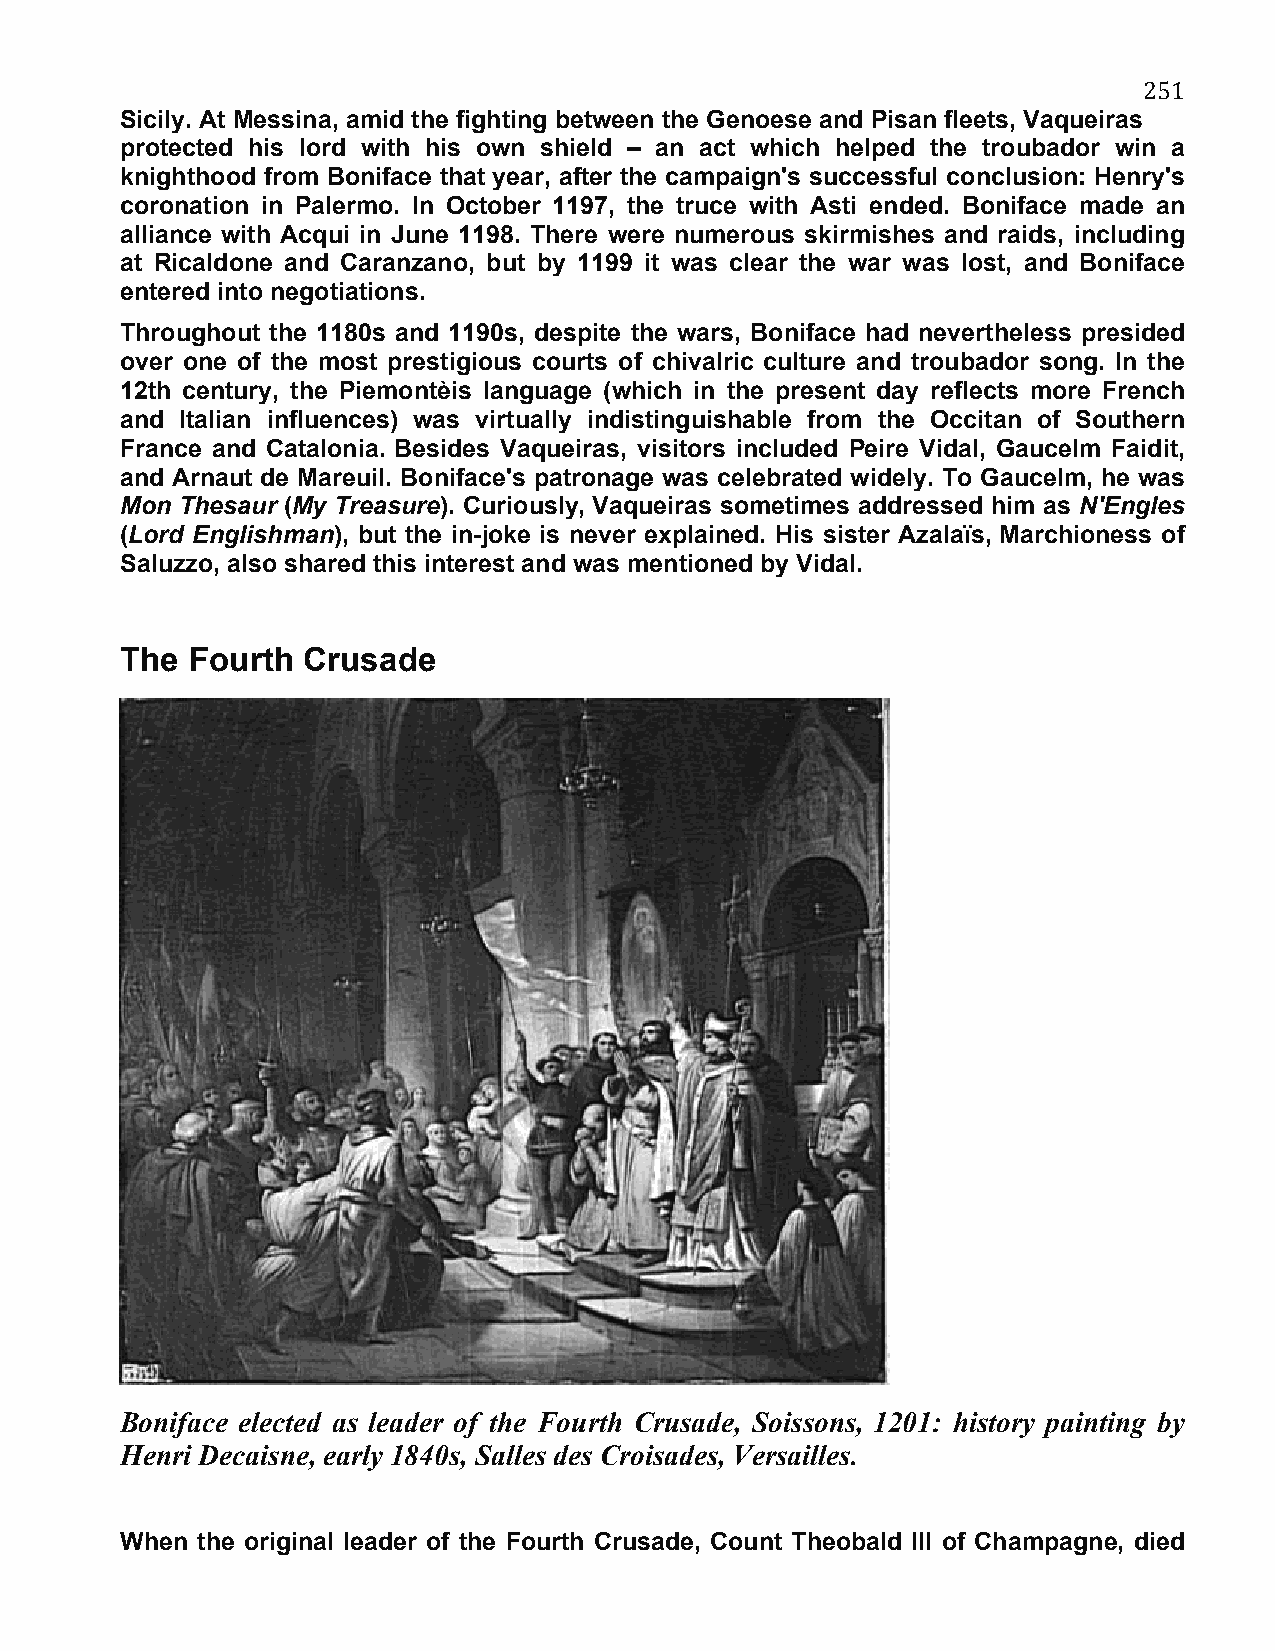
251
 Sicily. At Messina, amid the fighting between the Genoese and Pisan fleets, Vaqueiras
 protected his lord with his own shield – an act which helped the troubador win a
 knighthood from Boniface that year, after the campaign's successful conclusion: Henry's
 coronation in Palermo. In October 1197, the truce with Asti ended. Boniface made an
 alliance with Acqui in June 1198. There were numerous skirmishes and raids, including
 at Ricaldone and Caranzano, but by 1199 it was clear the war was lost, and Boniface
 entered into negotiations.
 Throughout the 1180s and 1190s, despite the wars, Boniface had nevertheless presided
 over one of the most prestigious courts of chivalric culture and troubador song. In the
 12th century, the Piemontèis language (which in the present day reflects more French
 and Italian influences) was virtually indistinguishable from the Occitan of Southern
 France and Catalonia. Besides Vaqueiras, visitors included Peire Vidal, Gaucelm Faidit,
 and Arnaut de Mareuil. Boniface's patronage was celebrated widely. To Gaucelm, he was
 Mon Thesaur (My Treasure). Curiously, Vaqueiras sometimes addressed him as N'Engles
 (Lord Englishman), but the in-joke is never explained. His sister Azalaïs, Marchioness of
 Saluzzo, also shared this interest and was mentioned by Vidal.
 The Fourth  Crusade
 Boniface elected as leader of the Fourth Crusade, Soissons, 1201: history painting by
 Henri Decaisne, early 1840s, Salles des Croisades, Versailles.
 When the original leader of the Fourth Crusade, Count Theobald III of Champagne, died